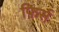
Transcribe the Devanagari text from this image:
फ़िर्स